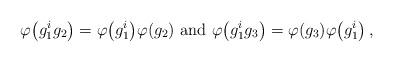
LaTeX: \begin{align*} \varphi \big( g^{i}_1 g_2 \big) = \varphi \big( g^{i}_1 \big) \varphi (g_2) \mbox{ and } \varphi \big( g^{i}_1 g_3 \big) = \varphi (g_3) \varphi \big( g^{i}_1 \big) \,,\end{align*}